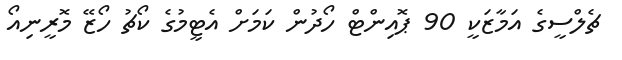
ޗެލްސީގެ އަމާޒަކީ 90 ޕޮއިންޓް ހޯދުން ކަމަށް އެޓީމުގެ ކޯޗު ހޯޒޭ މޮރީނިއޯ